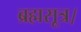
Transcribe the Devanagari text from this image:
ब्रह्मसूत्र।